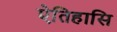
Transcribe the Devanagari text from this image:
ऐतिहासि